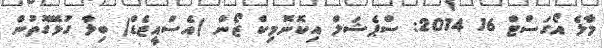
މާލެ އޯގަސްޓް 16 2014: ސްޕެޝަލް އިކޮނޮމިކް ޒޯން (އެސްއީޒެޑް) ބިލާ ގުޅޭގޮތުން